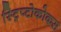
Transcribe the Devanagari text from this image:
स्ट्रिप्टोकोकस